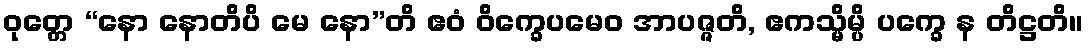
ဝုတ္တေ “နော နောတိပိ မေ နော”တိ ဧဝံ ဝိက္ခေပမေဝ အာပဇ္ဇတိ, ဧကသ္မိမ္ပိ ပက္ခေ န တိဋ္ဌတိ။